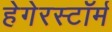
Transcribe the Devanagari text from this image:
हेगेरस्टॉर्म